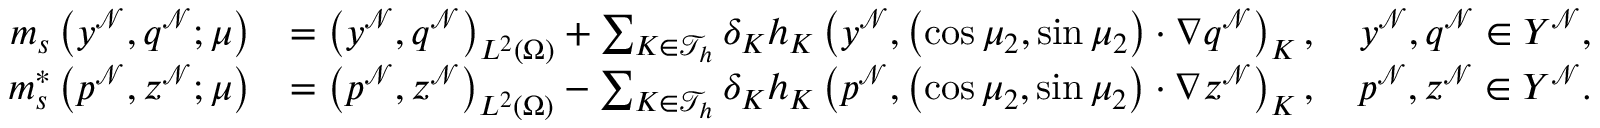
\begin{array} { r l } { m _ { s } \left( y ^ { \mathcal { N } } , q ^ { \mathcal { N } } ; \boldsymbol { \mu } \right) } & { = \left( y ^ { \mathcal { N } } , q ^ { \mathcal { N } } \right) _ { L ^ { 2 } ( \Omega ) } + \sum _ { K \in \mathcal { T } _ { h } } \delta _ { K } h _ { K } \left( y ^ { \mathcal { N } } , \left( \cos \mu _ { 2 } , \sin \mu _ { 2 } \right) \cdot \nabla q ^ { \mathcal { N } } \right) _ { K } , \quad y ^ { \mathcal { N } } , q ^ { \mathcal { N } } \in Y ^ { \mathcal { N } } , } \\ { m _ { s } ^ { * } \left( p ^ { \mathcal { N } } , z ^ { \mathcal { N } } ; \boldsymbol { \mu } \right) } & { = \left( p ^ { \mathcal { N } } , z ^ { \mathcal { N } } \right) _ { L ^ { 2 } ( \Omega ) } - \sum _ { K \in \mathcal { T } _ { h } } \delta _ { K } h _ { K } \left( p ^ { \mathcal { N } } , \left( \cos \mu _ { 2 } , \sin \mu _ { 2 } \right) \cdot \nabla z ^ { \mathcal { N } } \right) _ { K } , \quad p ^ { \mathcal { N } } , z ^ { \mathcal { N } } \in Y ^ { \mathcal { N } } . } \end{array}